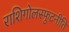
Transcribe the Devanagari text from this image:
राशिगोलस्फुटनीति